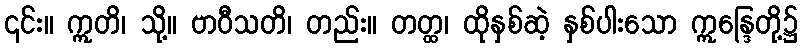
၎င်း။ ဣတိ၊ သို့။ ဗာဝီသတိ၊ တည်း။ တတ္ထ၊ ထိုနှစ်ဆဲ့ နှစ်ပါးသော ဣန္ဒြေတို့၌